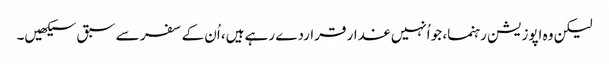
لیکن وہ اپوزیشن رہنما، جو اُنہیں غدار قراردے رہے ہیں، اُن کے سفر سے سبق سیکھیں۔